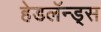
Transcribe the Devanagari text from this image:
हेडलॅन्ड्‌स